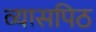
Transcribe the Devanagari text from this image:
व्यासपिठ